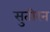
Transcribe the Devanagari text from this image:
सुतीरन